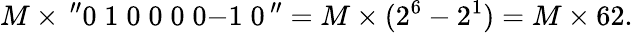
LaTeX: M\times\, ^{\prime\prime}0\; 1\; 0\; 0\; 0\; 0{\mathrm{-1}}\; 0\, ^{\prime\prime}=M\times(2^{6}-2^{1})=M\times 62.